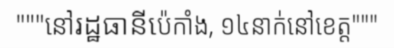
"""នៅរដ្ឋធានីប៉េកាំង, ១៤នាក់នៅខេត្ត"""